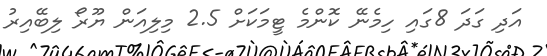
އަދި ގަދަ 8ގައި ހިމެނޭ ކޮންމެ ޓީމަކަށް 2.5 މިލިއަން ޔޫރޯ ލިބޭއިރު